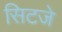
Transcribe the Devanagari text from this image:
सिटजे